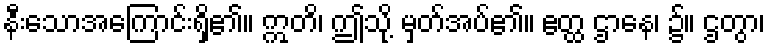
နီးသောအကြောင်းရှိ၏။ ဣတိ၊ ဤသို့ မှတ်အပ်၏။ ဧတ္ထ ဌာနေ၊ ၌။ ဌတွာ၊